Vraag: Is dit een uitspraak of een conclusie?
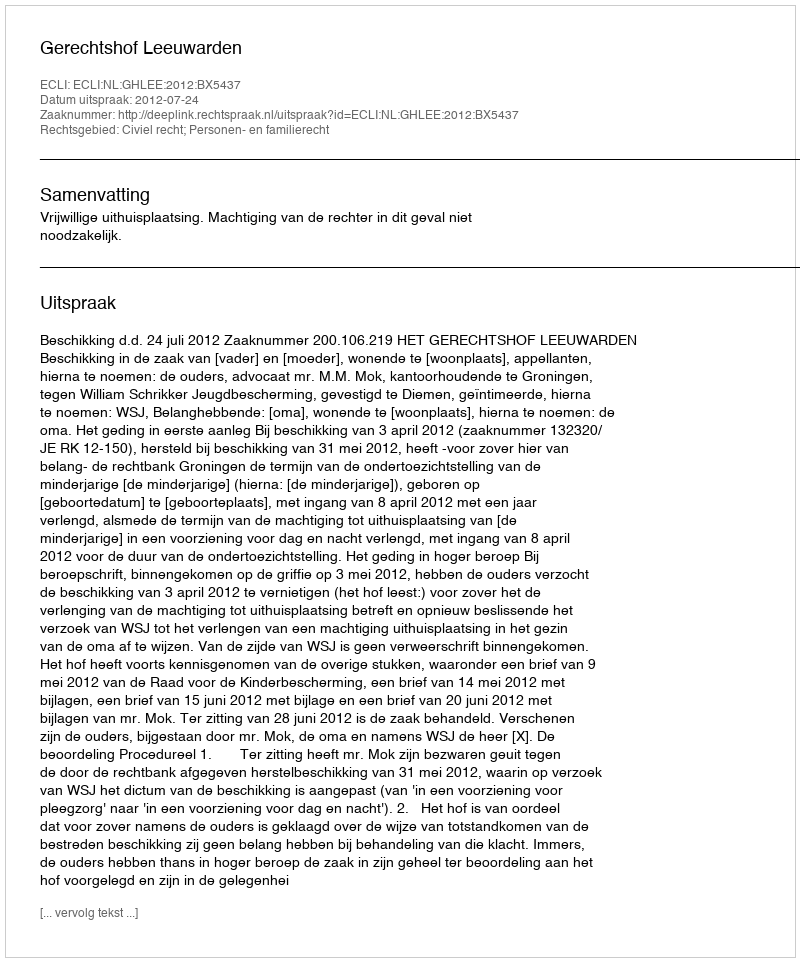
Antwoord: Uitspraak